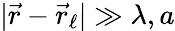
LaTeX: |\vec{r}-\vec{r}_{\ell}|\gg\lambda,a